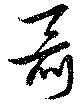
聶